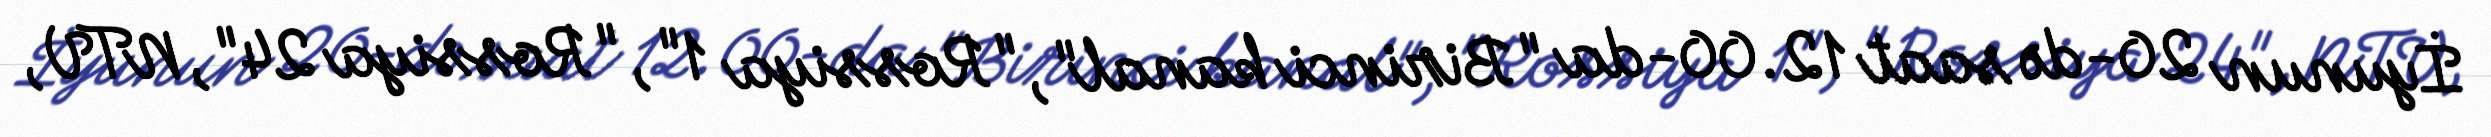
İyunun 20-də saat 12.00-da "Birinci kanal", "Rossiya 1", "Rossiya 24", NTV,